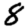
Digit: 8